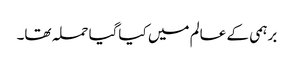
برہمی کے عالم میں کیاگیا حملہ تھا۔